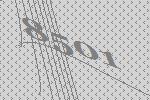
8501